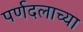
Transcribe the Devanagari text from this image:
पर्णदलाच्या